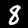
Digit: 8